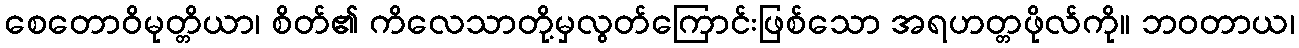
စေတောဝိမုတ္တိယာ၊ စိတ်၏ ကိလေသာတို့မှလွတ်ကြောင်းဖြစ်သော အရဟတ္တဖိုလ်ကို။ ဘဝတာယ၊